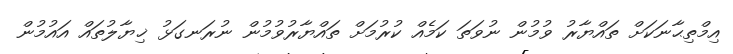
އިމްތިޙާނަކަށް ތައްޔާރު ވުމުން ނުވަތަ ކަމެއް ކުރުމަށް ތައްޔާރުވުމުން ނުރަނގަޅު ޚިޔާލުތައް އައުމުން